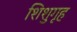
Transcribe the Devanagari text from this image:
शिशुगृह